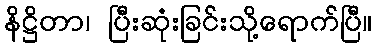
နိဋ္ဌိတာ၊ ပြီးဆုံးခြင်းသို့ရောက်ပြီ။